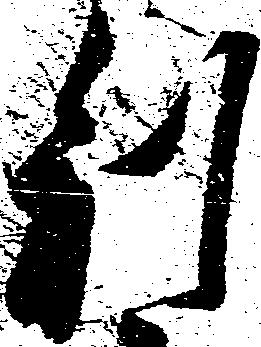
別